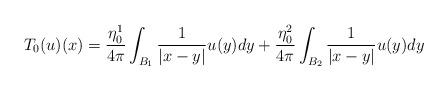
LaTeX: \begin{align*} T_0(u)({x})=\frac{\eta_0^1}{4\pi}\int_{B_1}\frac{1}{|x-y|}u(y)dy+\frac{\eta_0^2}{4\pi}\int_{B_2}\frac{1}{|x-y|}u(y)dy\end{align*}